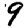
Digit: 9